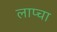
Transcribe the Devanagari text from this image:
लाप्चा